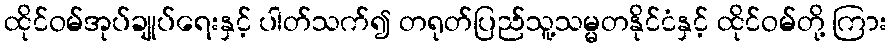
ထိုင်ဝမ်အုပ်ချုပ်ရေးနှင့် ပါတ်သက်၍ တရုတ်ပြည်သူ့သမ္မတနိုင်ငံနှင့် ထိုင်ဝမ်တို့ ကြား